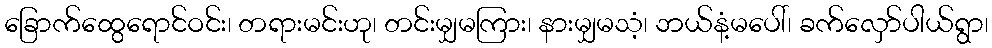
ခြောက်ထွေရောင်ဝင်း၊ တရားမင်းဟု၊ တင်းမျှမကြား၊ နားမျှမသံ့၊ ဘယ်နံ့မပေါ်၊ ခက်လှော်ပါယ်ရွာ၊